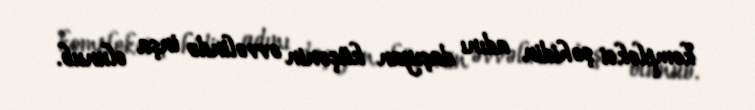
kompleksi şəhidin adını daşıyan küçənin əvvəlində inşa olunub.